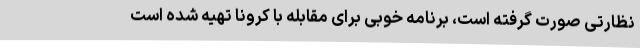
نظارتی صورت گرفته است، برنامه خوبی برای مقابله با کرونا تهیه شده است